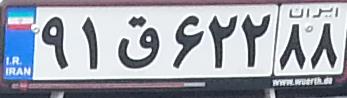
۹۱ق۶۲۲۸۸